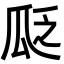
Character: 𬎣